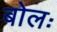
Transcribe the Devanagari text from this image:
बोलः